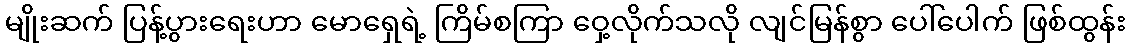
မျိုးဆက် ပြန့်ပွားရေးဟာ မောရှေရဲ့ ကြိမ်စကြာ ဝှေ့လိုက်သလို လျင်မြန်စွာ ပေါ်ပေါက် ဖြစ်ထွန်း